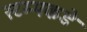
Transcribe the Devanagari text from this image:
स्टम्पकडे